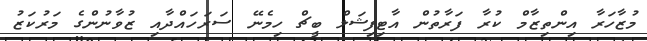
މުޒާހަރާ އިންތިޒާމް ކުރާ ފަރާތުުން އާޓިފިޝަލް ބީޗް ހިމެނޭ ސަރަހައްދާއި ޒުވާނުންގެ މަރުކަޒު